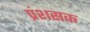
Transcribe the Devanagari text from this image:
प्रंशसक